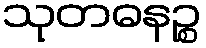
သုတဓနဉ္စ